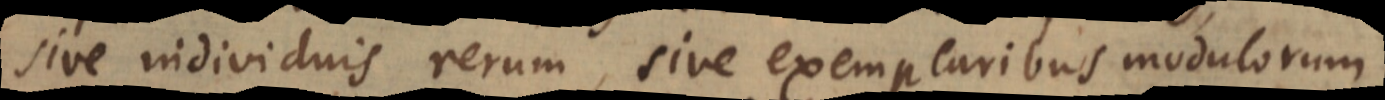
sive individuis rerum, sive exemplaribus modulorum